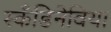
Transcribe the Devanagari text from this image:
स्कँडिनेविया